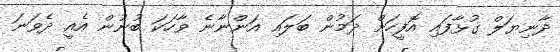
ދާނިޔަލް ގުޅާފައި އޮފީހަށް ދަމުން ބަލައި އަންނާނެ ވާހަކަ ބުނުން އެއީ ދެވަނަ